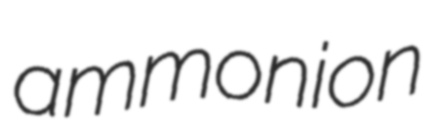
ammonion